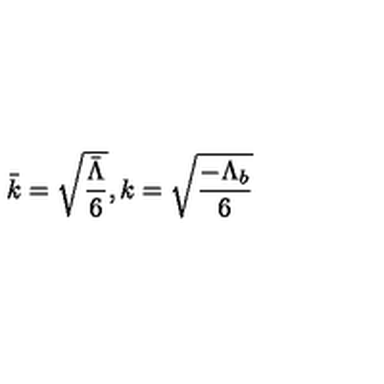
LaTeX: \bar { k } = \sqrt { \frac { \bar { \Lambda } } { 6 } } , k = \sqrt { \frac { - \Lambda _ { b } } { 6 } }